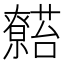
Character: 𬟖